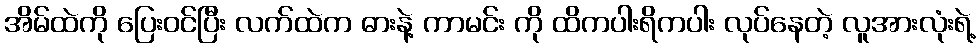
အိမ်ထဲကို ပြေးဝင်ပြီး လက်ထဲက ဓားနဲ့ ကာမင်း ကို ထိကပါးရိကပါး လုပ်နေတဲ့ လူအားလုံးရဲ့